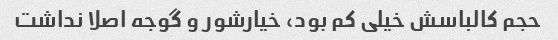
حجم کالباسش خیلی کم بود، خیارشور و گوجه اصلا نداشت